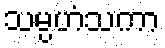
သမ္ပဟံသကာ